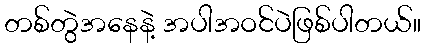
တစ်တွဲအနေနဲ့ အပါအဝင်ပဲဖြစ်ပါတယ်။